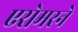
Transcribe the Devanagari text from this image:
एरोमरने